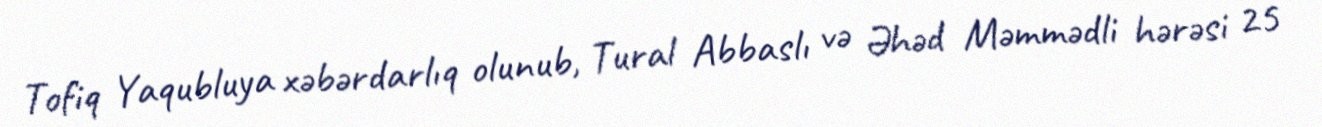
Tofiq Yaqubluya xəbərdarlıq olunub, Tural Abbaslı və Əhəd Məmmədli hərəsi 25